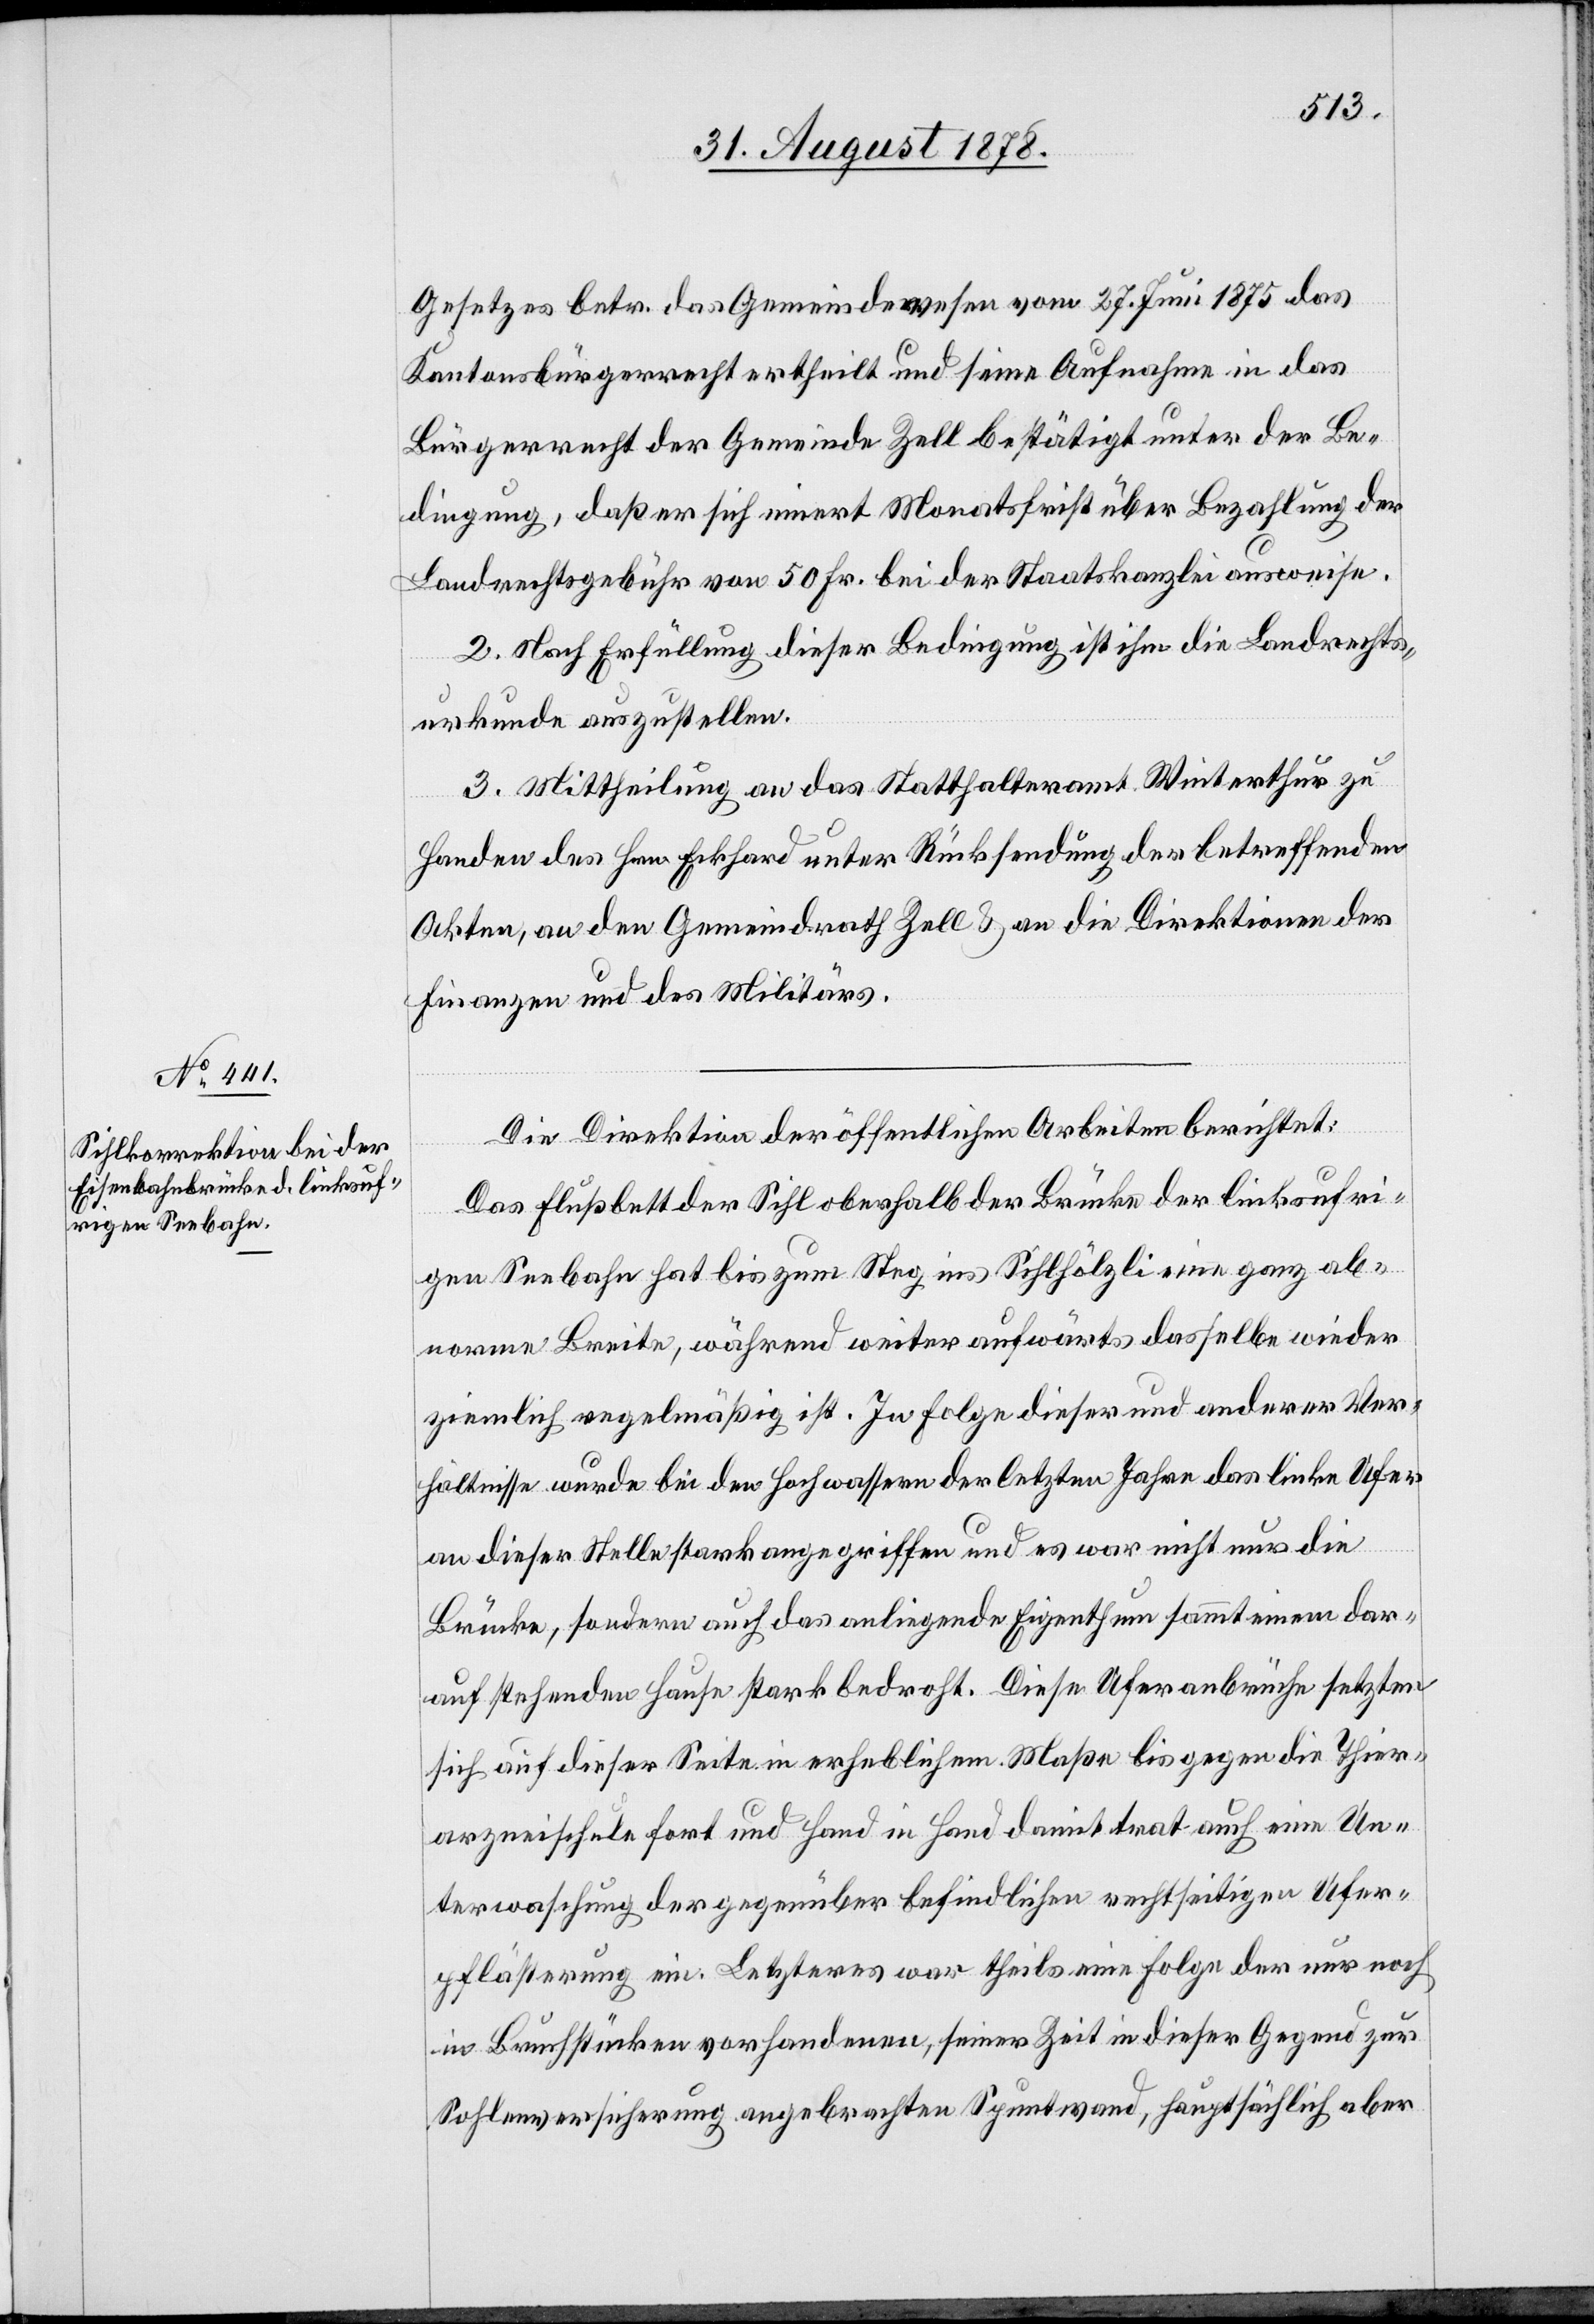
Gesetzes betr. das Gemeindewesen vom 27. Juni 1875 des
Kantonsbürgerrecht ertheilt und seine Aufnahme in das
Bürgerrecht der Gemeinde Zell bestätigt unter der Be¬
dingung, daß er sich innert Monatsfrist über Bezahlung der
Landrechtsgebühr von 50 Fr. bei der Staatskanzlei ausweise.
2. Nach Erfüllung dieser Bedingung ist ihm die Landrechts¬
urkunde auszustellen.
3. Mittheilung an das Statthalteramt Winterthur zu
Handen des Hrn. Eckhard unter Rücksendung der betreffenden
Akten, an den Gemeindrath Zell & an die Direktionen der
Finanzen und des Militärs.
Die Direktion der öffentlichen Arbeiten berichtet:
Das Flussbett der Sihl oberhalb der Brücke der linksufri¬
gen Seebahn hat bis zum Steg ins Sihlhölzli eine ganz ab¬
norme Breite, während weiter auswärts dasselbe wieder
ziemlich regelmäßig ist. In Folge dieser und anderer Ver¬
hältnisse wurde bei den Hochwassern der letzten Jahre das linke Ufer
an dieser Stelle stark angegriffen und es war nicht nur die
Brücke, sondern auch das anliegende Eigenthum sammt einem dar¬
auf stehenden Hause stark bedroht. Diese Uferanbrüche setzten
sich auf dieser Seite in erheblichem Maße bis gegen die Thier¬
arzneischule fort und Hand in Hand damit trat auch eine Un¬
terwaschung der gegenüber befindlichen rechtseitigen Ufer¬
pflästerung ein. Letzteres war theils eine Folge der nur noch
in Bruchstücken vorhandenen, seiner Zeit in dieser Gegend zur
Sohlenversicherung angebrachten Spuntwand, hauptsächlich aber